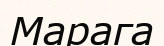
Марага